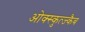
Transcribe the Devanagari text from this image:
ओक्स्कुत्ज्कैब